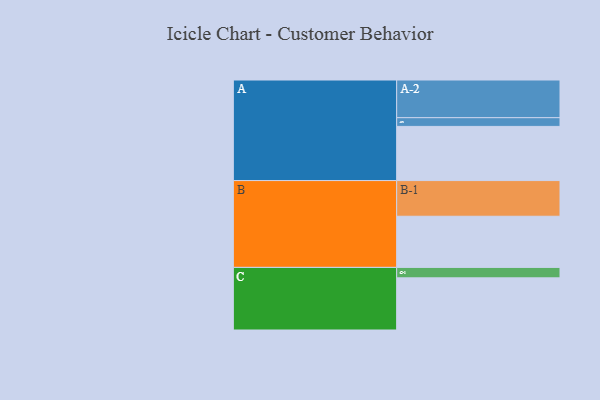
{"axis": {"x": "Segment", "y": "Value"}, "legend": ["", "A", "B", "C"], "data": [{"x": "A", "y": 378, "type": ""}, {"x": "B", "y": 357, "type": ""}, {"x": "C", "y": 364, "type": ""}, {"x": "A-1", "y": 61, "type": "A"}, {"x": "A-2", "y": 263, "type": "A"}, {"x": "B-1", "y": 249, "type": "B"}, {"x": "C-1", "y": 73, "type": "C"}]}